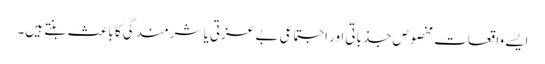
ایسے واقعات مخصوص جذباتی اور اجتماعی بے عزتی یا شرمندگی کا باعث بنتے ہیں۔